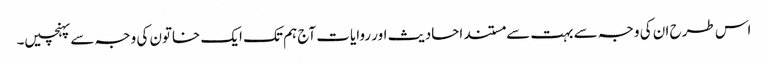
اس طرح ان کی وجہ سے بہت سے مستند احادیث اور روایات آج ہم تک ایک خاتون کی وجہ سے پہنچیں۔